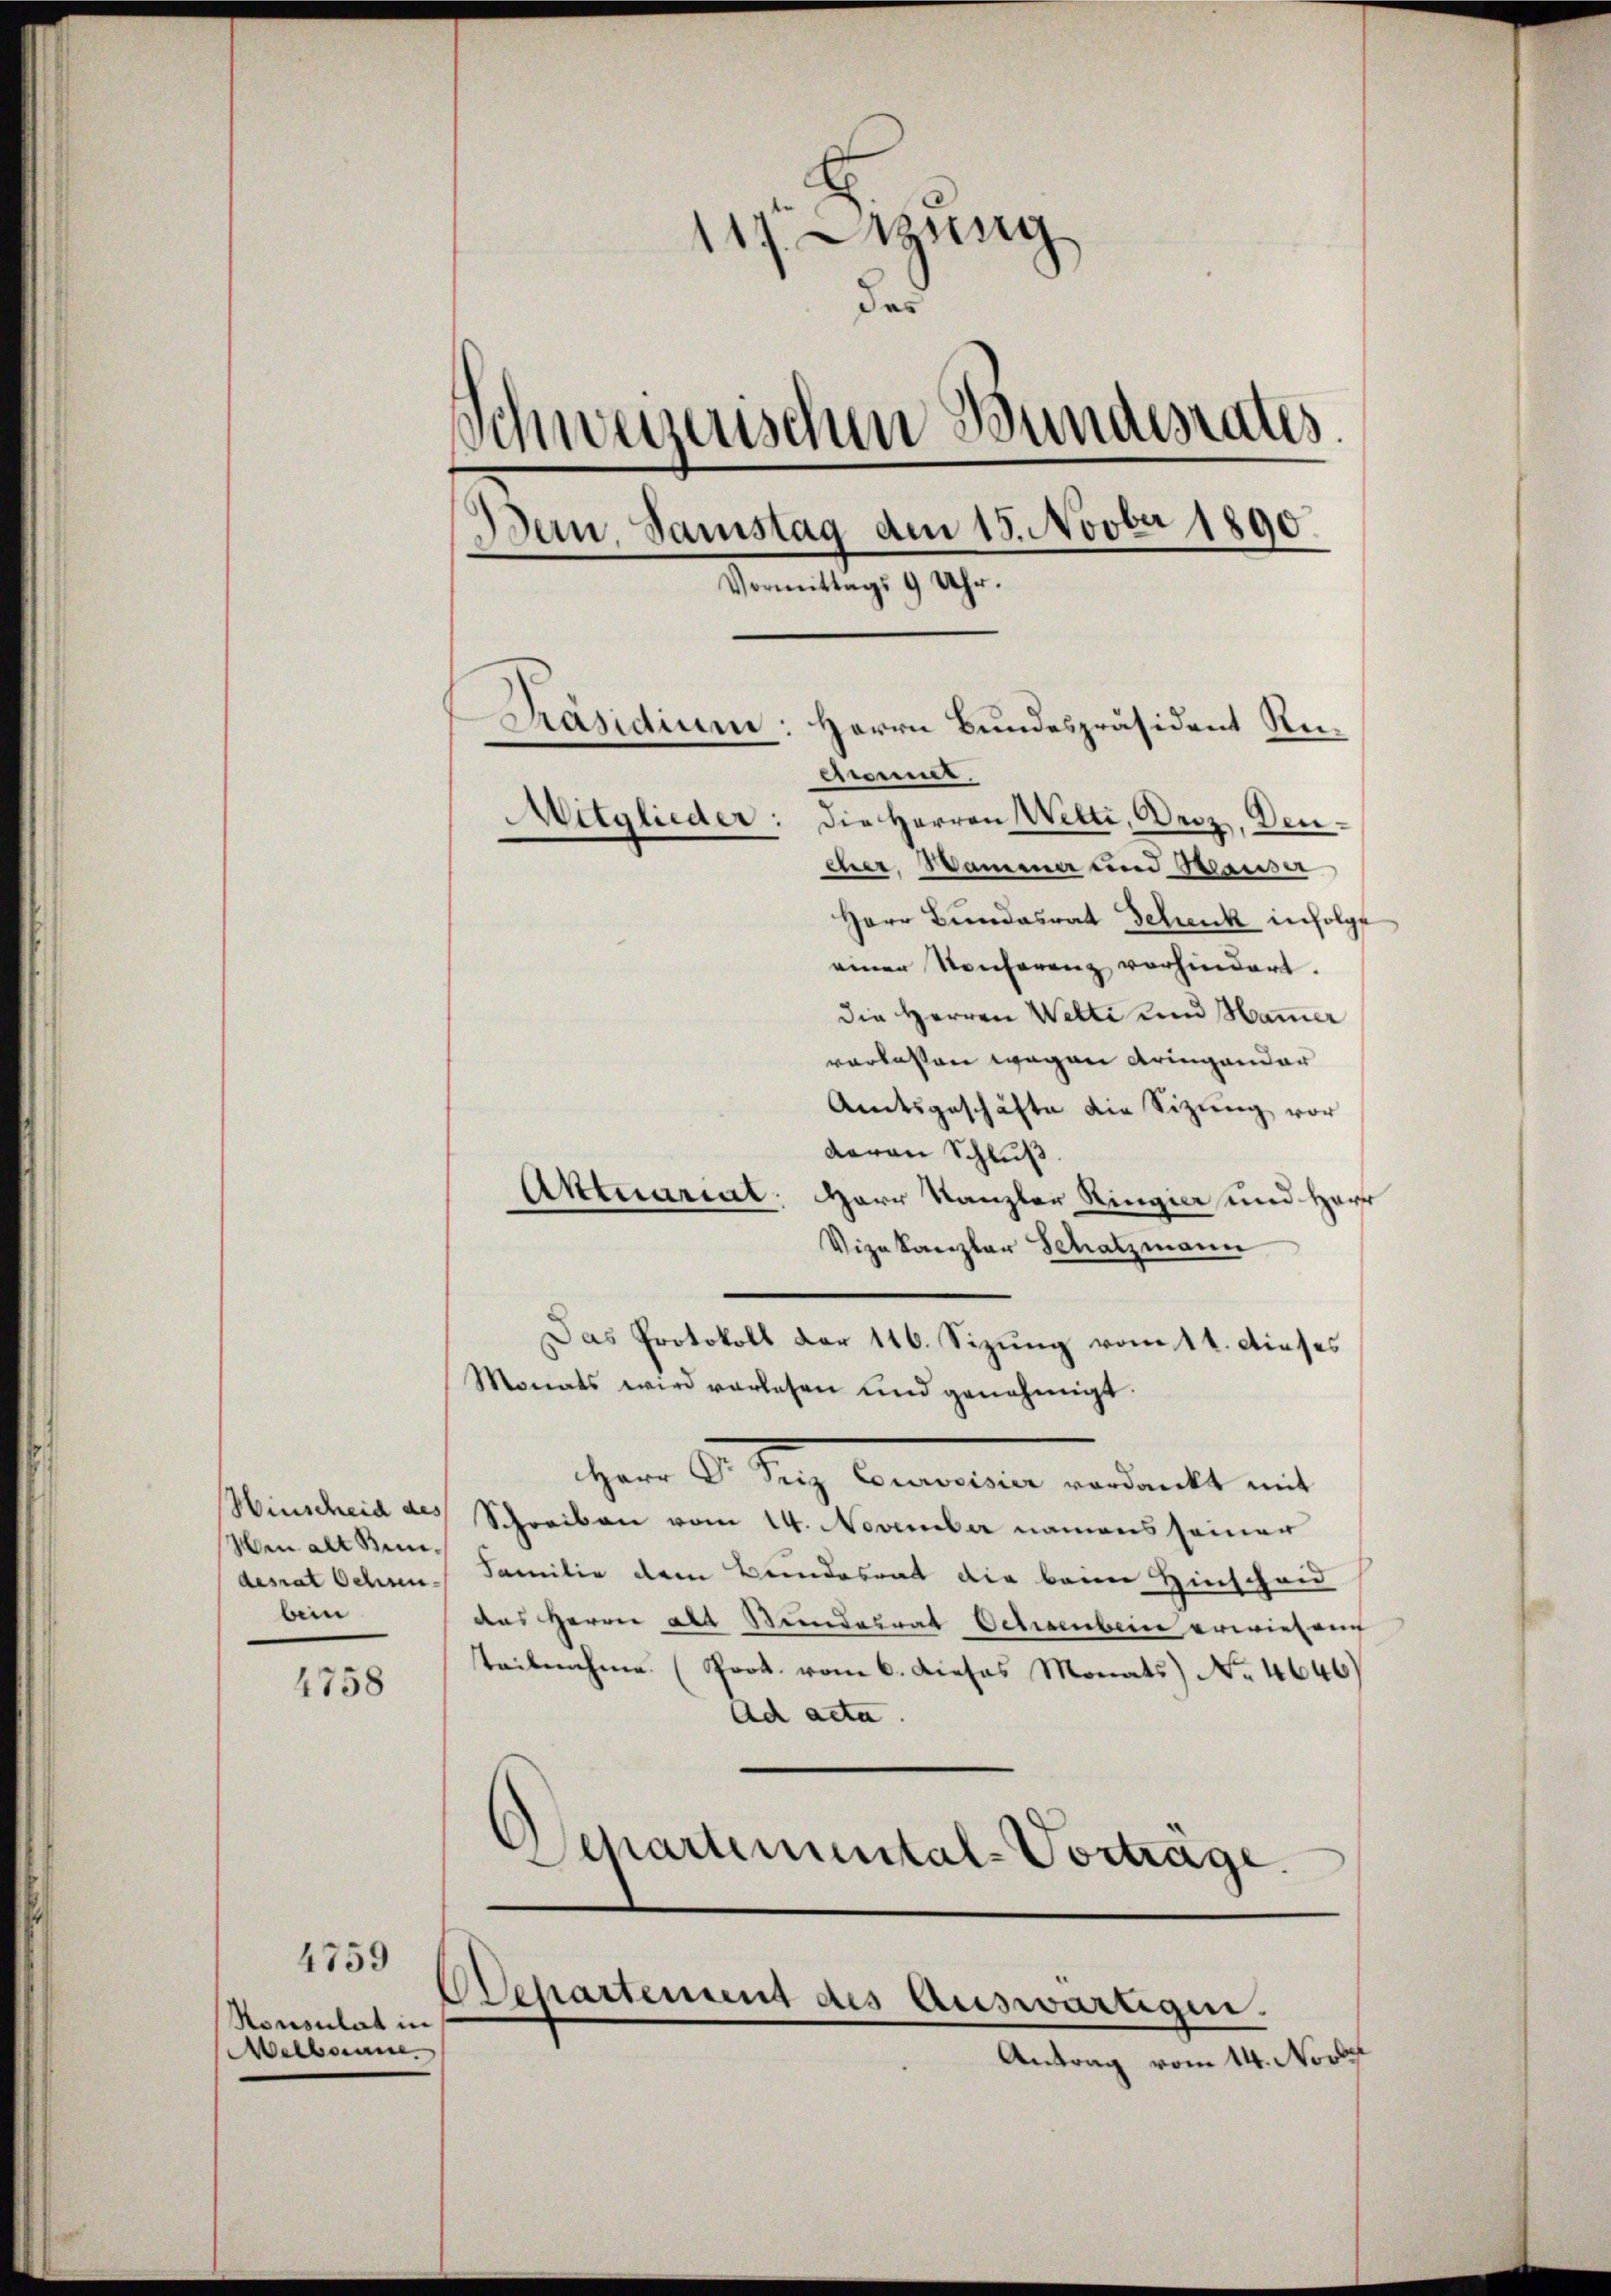
Hinscheid des
Wen alt Bundesrat Ochsen-
bein

4758

4759
Konsulat in
Melbonne.

11 Lzung
das
Schweizerischen Bundesrates.
Bern, Samstag dem 15. Novber 1890.
Vormittags 9 Uhr.
Präsidium: Herrn Bundespräsident Re¬
.
chweint.
Mitglieder: die Herren Welti, Uriz, Dencher, Wamma und Baua
Herr Bundesrat Schenk infolge
einer Konferenz vorhindert.
die Herren Welti und Hammer

verlassen wegen dringender
Amtsgeschäfte die Sitzung vor
davon Schluß
Aktuariat: Herr Kanzler Ringier und Herr
Vizekanzler Schatzmann
Das Protokoll der 116. Sizung vom 11. dieses
Monats wird vorlesen und genehmigt.
iherr Dr. Satz. Gemeine verdankt mit
Schreiben vom 14. November namens seiner
Familie dem Bundesrat die beim Hinschau
das Herrn Alt Seiderrat Ochsenbein erwiesen
teilnahme. (Prot. vom 6. Dieses Monats No. 4646
Ad acta.
Separtemental-Vorträge.

Departement des Auswärtigen.
Antrag vom 14. Nove